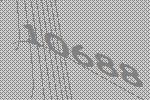
10688